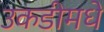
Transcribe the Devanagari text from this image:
उकडीमधे